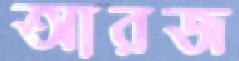
আরজ